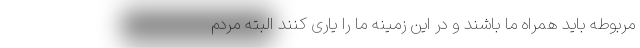
مربوطه باید همراه ما باشند و در این زمینه ما را یاری کنند البته مردم